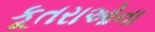
કૂતરાઓના